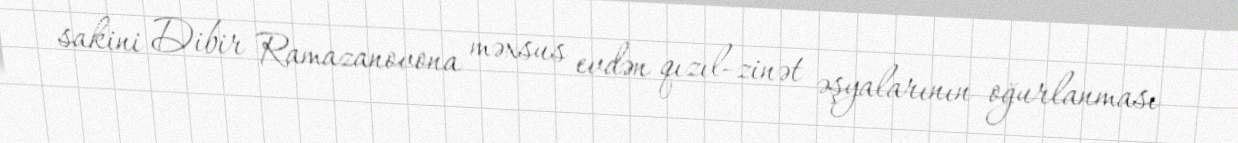
sakini Dibir Ramazanovona məxsus evdən qızıl-zinət əşyalarının oğurlanması